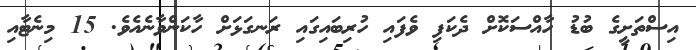
އިސްތަށީގެ ބުޑު ހާއްސަކޮށް ދެކަފި ވެފައި ހުރިބައިގައި ރަނގަޅަށް ހާކަންވާނެއެވެ. 15 މިނެޓާއި